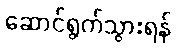
ဆောင်ရွက်သွားရန်